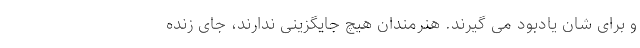
و برای شان یادبود می گیرند. هنرمندان هیچ جایگزینی ندارند، جای زنده